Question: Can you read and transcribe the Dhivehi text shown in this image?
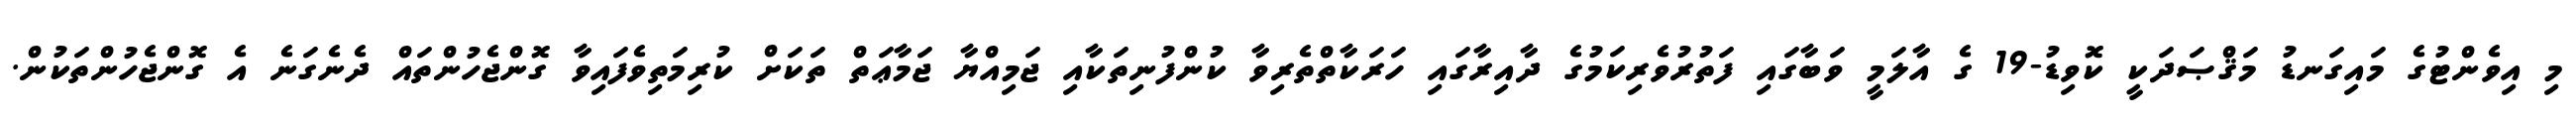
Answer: މި އިވެންޓުގެ މައިގަނޑު މަޤްޞަދަކީ ކޮވިޑު-19 ގެ އާލަމީ ވަބާގައި ފަތުރުވެރިކަމުގެ ދާއިރާގައި ހަރަކާތްތެރިވާ ކުންފުނިތަކާއި ޖަމިއްޔާ ޖަމާޢަތް ތަކަށް ކުރިމަތިވެފައިވާ ގޮންޖެހުންތައް ދެނެގަނެ އެ ގޮންޖެހުންތަކުން.